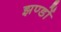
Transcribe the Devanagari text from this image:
झण्‍डों